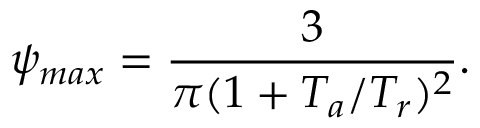
\psi _ { m a x } = { \frac { 3 } { \pi ( 1 + T _ { a } / T _ { r } ) ^ { 2 } } } .